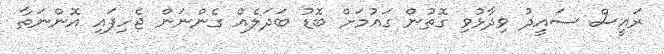
ރައީސް ސައީދު ވިދާޅުވި ގޮތުން ގައުމަށް ބޮޑު ބަދަލެއް ގެންނަން ޖެހިފައި އޮންނަތާ